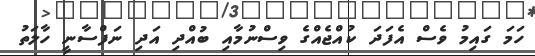
ހަމަ ގައިމު ވެސް އެފަދަ ކުއްޖެއްގެ ވިސްނުމާއި ބުއްދި އަދި ނަފްސާނީ ހާލަތު